Civil Veterinary Dept. North-West Frontier Province 1923-32 - 1923-1932
Year: 1923
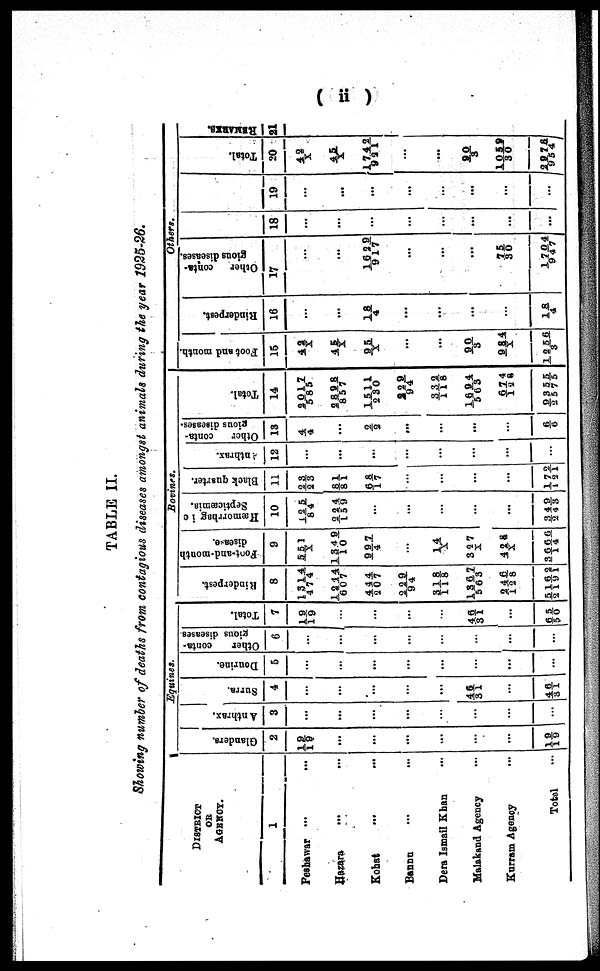
(ii)
TABLE II.
Showing number of deaths from contagious diseases amongst animals during the year 1925-26.
DISTRICT
OF
AGENCY.
1
Peshawar ...
Hazara ... ...
Kohat ... ...
Bannu ... ...
Dera Ismail Khan
Malakand Agency ...
Kurram Agency ...
Total ...
Equines.
Glanders.
2
19/19
...
...
...
...
...
...
19/19
Anthrax.
3
...
...
...
...
...
...
...
...
Surra.
4
...
...
...
....
...
46/31
...
46/31
Dourine.
5
...
...
...
...
...
...
...
...
Other
conta-
gious diseases.
6
...
...
...
...
...
...
...
...
Total.
7
19/19
...
...
...
46/31
...
65/5 0
Bovines.
Rinderpest.
8
1314/474
1244/607
444/207
2 2 9 / 9 4
318/118
1367/563
2 4 6/1 2 8
5 1 6 2/2 1 9 1
Foot-and-mouth
disease.
9
551/ X
1 3 4 9/1 0
997/4
...
1 4/X
3 2 7/X
4 2 8/X
3
6 6 6/1 4
Hæmorhag
i c
Septicæmia.
10
125/84
224/159
...
...
...
...
...
3 4 9/2 4 3
Black quarter.
11
23/23
81/81
6 8/17
...
...
...
...
1 7 2/1 2 1
nthrax.
12
...
...
...
...
...
...
...
...
Other
conta-
gious diseases.
13
4/ 4
...
2/2
2 2 9/2 3 0
...
...
...
6/ 6
Total.
14
2017/585
2898/857
1511/230
2 2 9/94
3 3 2/1 1 8
1 6 9 4/5 6 3
6 7 4/1 2 8
9 3 5 5/2 5 7 5
Others.
Foot and month.
15
42/X
45/X
95/X
...
...
9 0/3
9 8 4/X
1 2 5 6/3
Rinderpest.
16
...
...
18/4
...
...
...
...
1 8/4
Other
conta-
gious diseases.
17
...
...
1629/917
...
...
...
75/30
1 7 0 4/9 4 7
18
...
...
...
...
...
...
...
...
19
...
...
...
...
...
...
...
...
Total.
20
42/X
45/X
1742/931
...
...
9 0/3
1 0 5 9/30
2 9 7
8/954
REMARKS.
21